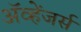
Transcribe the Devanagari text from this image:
ॲव्हेंजर्स